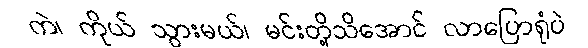
ကဲ၊ ကိုယ် သွားမယ်၊ မင်းတို့သိအောင် လာပြောရုံပဲ